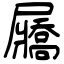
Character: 屫